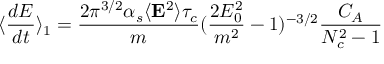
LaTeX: \langle { \frac { d { \cal { E } } } { d t } } \rangle _ { 1 } = { \frac { 2 \pi ^ { 3 / 2 } \alpha _ { s } \langle { \bf E } ^ { 2 } \rangle \tau _ { c } } { m } } ( { \frac { 2 E _ { 0 } ^ { 2 } } { m ^ { 2 } } } - 1 ) ^ { - 3 / 2 } { \frac { C _ { A } } { N _ { c } ^ { 2 } - 1 } }